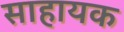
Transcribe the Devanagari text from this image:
साहायक